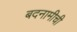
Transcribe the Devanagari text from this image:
बदनामीची